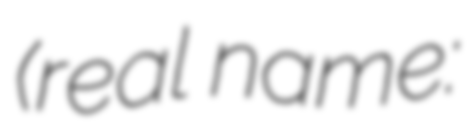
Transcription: (real name: